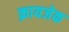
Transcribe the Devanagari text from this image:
क्रायजेक